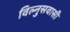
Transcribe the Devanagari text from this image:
विल्नुसवासी